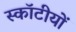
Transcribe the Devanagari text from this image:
स्कॉटीयों